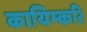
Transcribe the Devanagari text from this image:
कायिम्करि